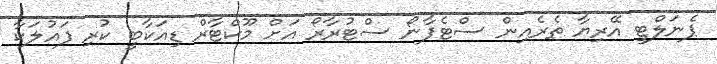
ޕެނަލްޓީ އޭރިޔާ ތެރެއިން ސްޓެފާނޯ ސްޓުރާރޯ އަށް މޫކްޓާރް ޑިއަކާބީ ކުރި ފައުލަކާ